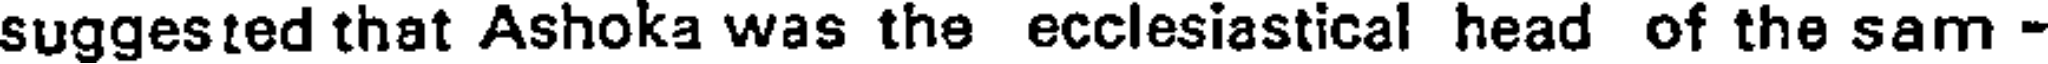
suggested that Ashoka was the ecclesiastical head of the sam -